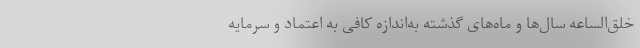
خلق‌الساعه سال‌ها و ماه‌های گذشته به‌اندازه کافی به اعتماد و سرمایه